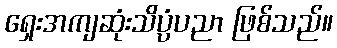
ရှေးအကျဆုံးသိပ္ပံပညာ ဖြစ်သည်။